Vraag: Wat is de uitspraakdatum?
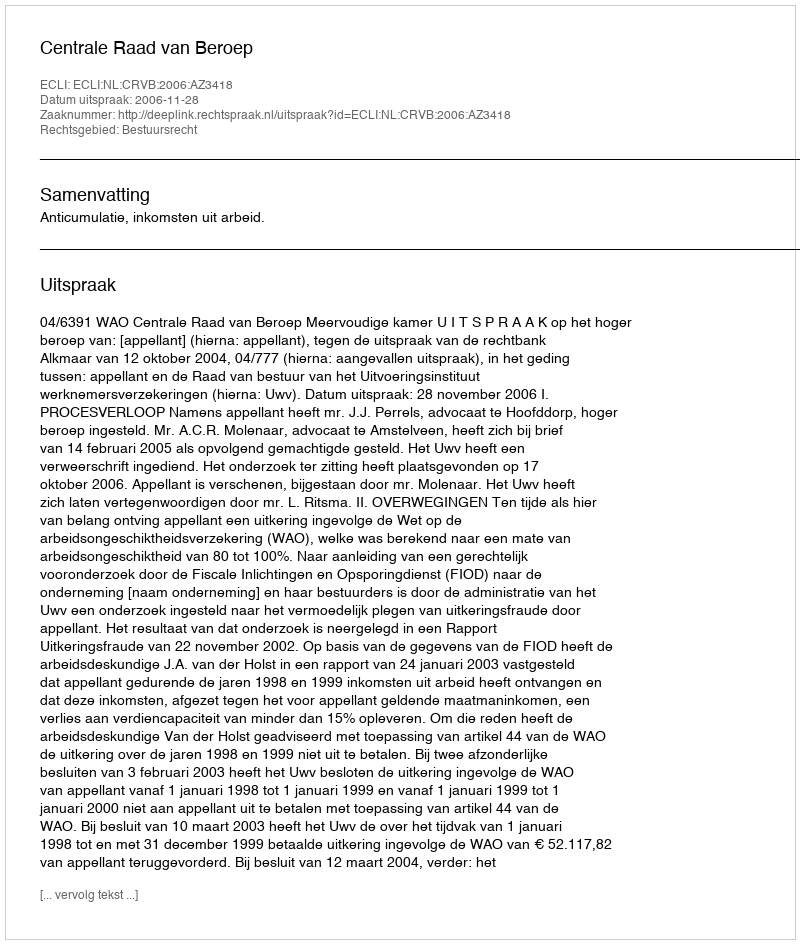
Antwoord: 2006-11-28